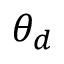
\theta _ { d }